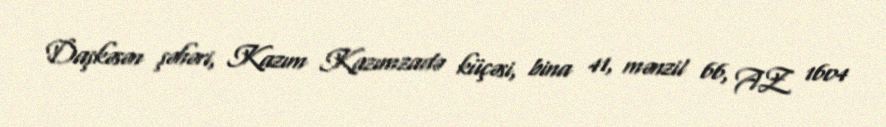
Daşkəsən şəhəri, Kazım Kazımzadə küçəsi, bina 41, mənzil 66, AZ 1604